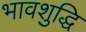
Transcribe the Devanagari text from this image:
भावशुद्धि